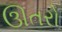
ઊતરો